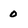
Character: 0